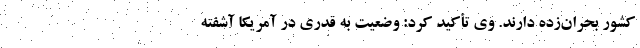
کشور بحران‌زده دارند. وی تأکید کرد: وضعیت به قدری در آمریکا آشفته